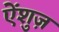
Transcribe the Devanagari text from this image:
ऐंशुज़